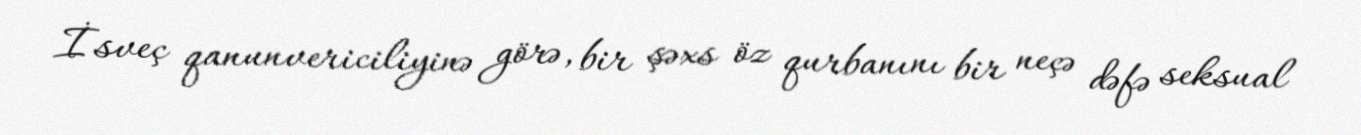
İsveç qanunvericiliyinə görə, bir şəxs öz qurbanını bir neçə dəfə seksual